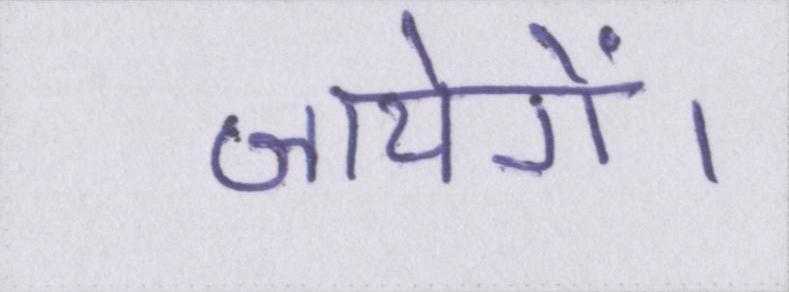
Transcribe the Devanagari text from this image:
जायेगें।